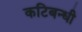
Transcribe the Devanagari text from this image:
कटिबन्धी